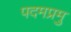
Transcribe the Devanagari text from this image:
पदमप्रमु